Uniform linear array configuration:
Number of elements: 12
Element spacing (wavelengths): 0.5
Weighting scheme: binomial
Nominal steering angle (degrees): -60
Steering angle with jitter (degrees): -60.124
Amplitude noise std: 0.05
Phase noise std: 0.05

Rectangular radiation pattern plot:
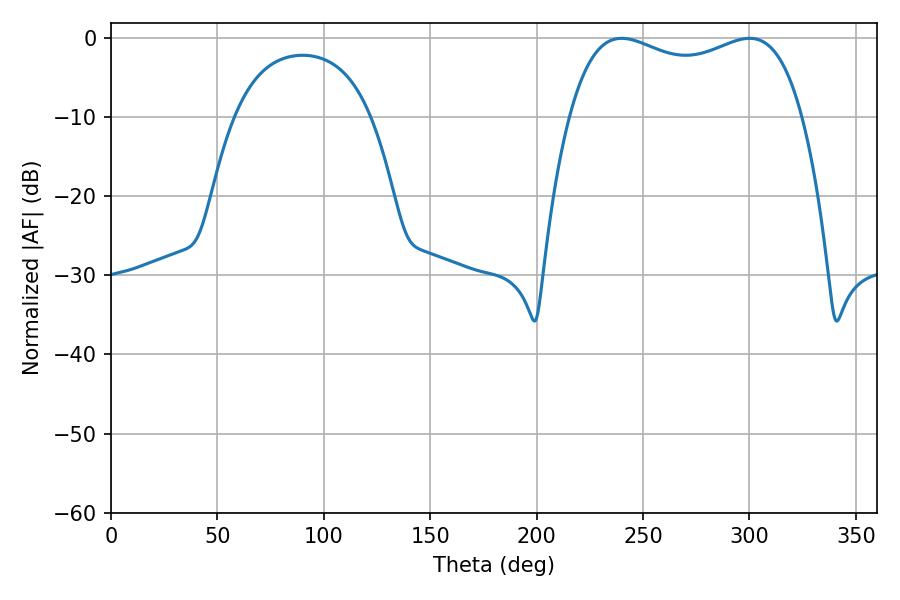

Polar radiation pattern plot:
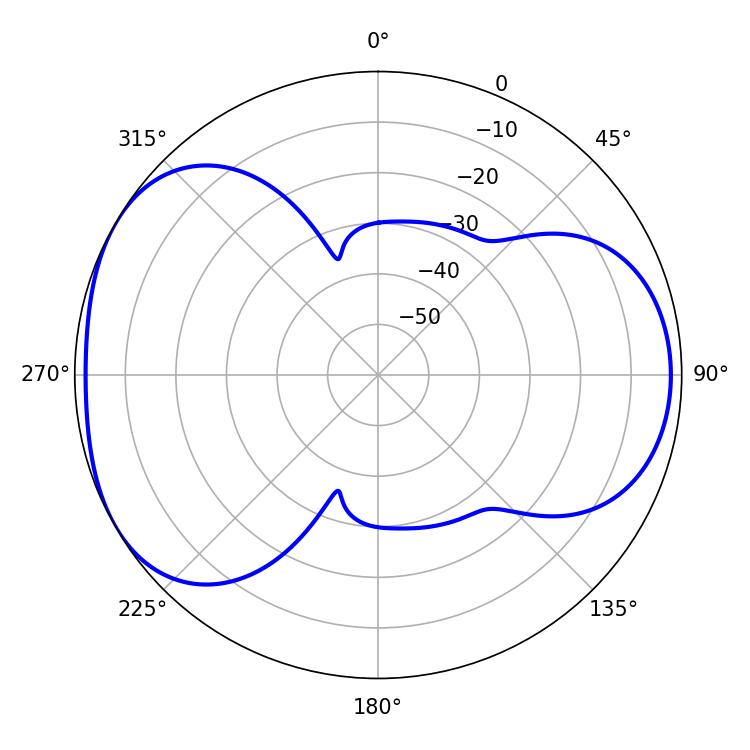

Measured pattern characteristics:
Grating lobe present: FALSE
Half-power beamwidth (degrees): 90
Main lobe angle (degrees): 239.94